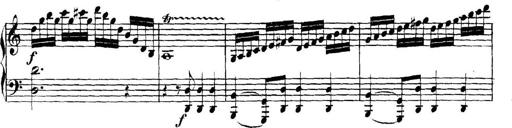
Title: Collected Piano Sonatas
Composer: Muzio Clementi